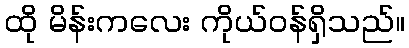
ထို မိန်းကလေး ကိုယ်ဝန်ရှိသည်။